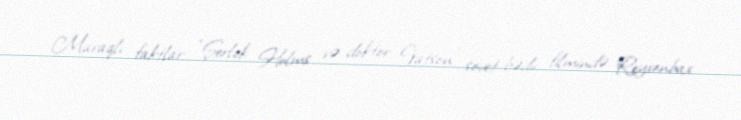
Maraqlı faktlar “Şerlok Holms və doktor Vatson” sovet bədii filmində Reyxenbax